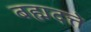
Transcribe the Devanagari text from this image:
बह्मदत्ते